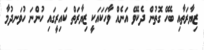
ޒިޔާރަތާއި ބެހޭ ގޮތުން ދެކެވޭ އަނެއް ވާހަކައަކީ ޒިޔާރަތް ކައިރީގައި ހުންނަ ހުވަނދުމާ